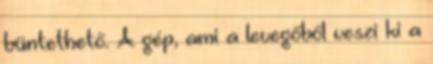
büntethető. A gép, ami a levegőből veszi ki a